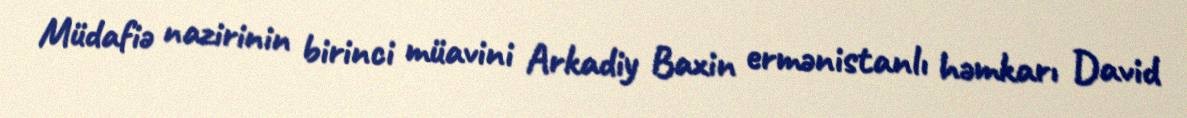
Müdafiə nazirinin birinci müavini Arkadiy Baxin ermənistanlı həmkarı David